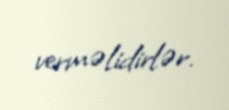
verməlidirlər.